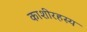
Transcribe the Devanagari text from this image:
काशीरहस्य